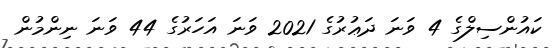
ކައުންސިލްގެ 4 ވަނަ ދަޢުރުގެ 2021 ވަނަ އަހަރުގެ 44 ވަނަ ނިންމުން